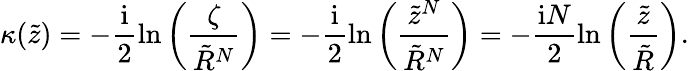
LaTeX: \kappa(\tilde{z})=-\frac{\mathrm{i}}{2}\ln\left(\frac{\zeta}{\tilde{R}^{N}}\right)=-\frac{\mathrm{i}}{2}\ln\left(\frac{\tilde{z}^{N}}{\tilde{R}^{N}}\right)=-\frac{\mathrm{i}N}{2}\ln\left(\frac{\tilde{z}}{\tilde{R}}\right).